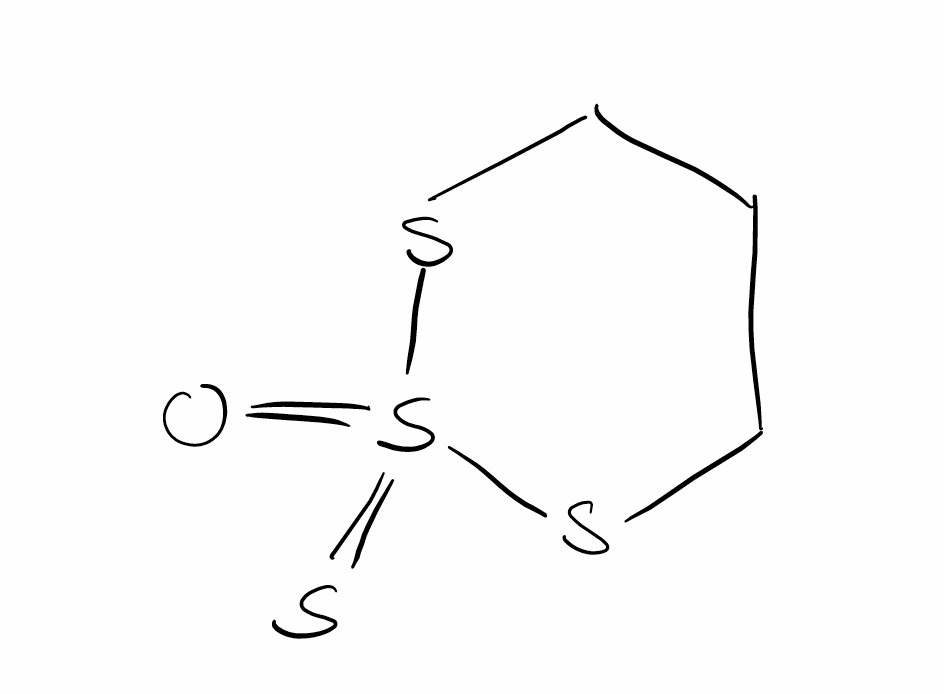
Simplified molecular-input line-entry system (SMILES) notation of the given molecule:
C1CSS(=O)(=S)SC1